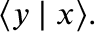
\langle y \mid x \rangle .